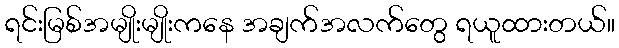
ရင်းမြစ်အမျိုးမျိုးကနေ အချက်အလက်တွေ ရယူထားတယ်။